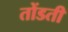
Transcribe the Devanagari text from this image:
तोंडती